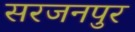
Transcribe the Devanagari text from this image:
सरजनपुर